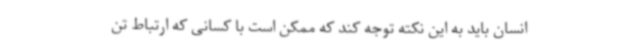
انسان باید به این نکته توجه کند که ممکن است با کسانی که ارتباط تن